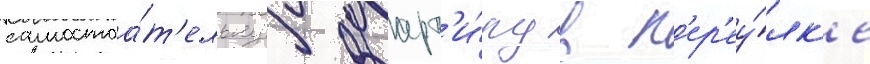
самостоа́т'ельнуу кварт'и́ру в п'ер'еу́лк'е